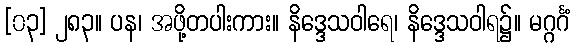
[၀၃] ၂၈၃။ ပန၊ အဖို့တပါးကား။ နိဒ္ဒေသဝါရေ၊ နိဒ္ဒေသဝါရ၌။ မဂ္ဂင်္ဂံ